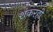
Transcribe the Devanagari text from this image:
शंकरही